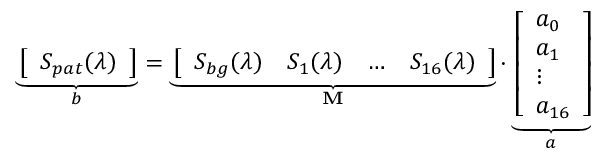
\underbrace { \left[ \begin{array} { l } { S _ { p a t } ( \lambda ) } \end{array} \right] } _ { b } = \underbrace { \left[ \begin{array} { l l l l } { S _ { b g } ( \lambda ) } & { S _ { 1 } ( \lambda ) } & { \ldots } & { S _ { 1 6 } ( \lambda ) } \end{array} \right] } _ { \textbf { M } } \cdot \underbrace { \left[ \begin{array} { l } { a _ { 0 } } \\ { a _ { 1 } } \\ { \vdots } \\ { a _ { 1 6 } } \end{array} \right] } _ { a }